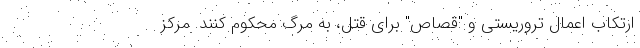
ارتکاب اعمال تروریستی و "قصاص" برای قتل، به مرگ محکوم کنند. مرکز